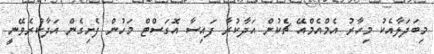
މިބަދަލާއެކު މިހާރު އެމްއެމްއޭ ޗެކުން އަދާކުރާ ފައިސާ އޮގަސްޓް މަހުން ފެށިގެން އަދާކުރެވޭނީ